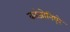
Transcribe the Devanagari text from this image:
कांजोनिएरे